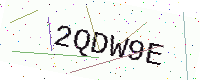
Text: 2QDW9E